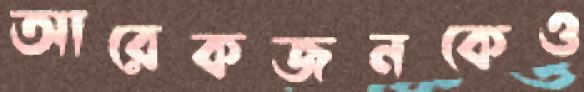
আরেকজনকেও